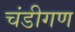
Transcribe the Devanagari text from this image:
चंडीगण